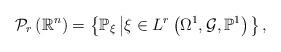
LaTeX: \begin{align*}\mathcal{P}_{r}\left( \mathbb{R}^{n}\right) =\left\{ \mathbb{P}_{\xi}\left\vert \xi \in L^{r}\left( \Omega ^{1},\mathcal{G},\mathbb{P}^{1}\right) \right. \right\} , \end{align*}